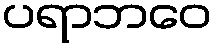
ပရာဘဝေ